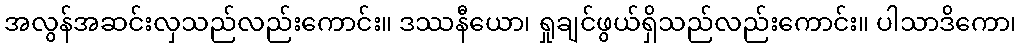
အလွန်အဆင်းလှသည်လည်းကောင်း။ ဒဿနီယော၊ ရှုချင်ဖွယ်ရှိသည်လည်းကောင်း။ ပါသာဒိကော၊